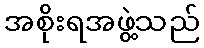
အစိုးရအဖွဲ့သည်